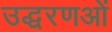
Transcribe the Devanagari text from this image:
उद्धरणओं